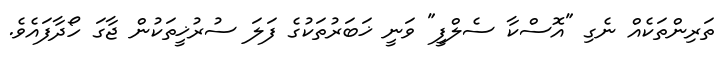
ތަރިންތަކެއް ނެގި "އޮސްކާ ސެލްފީ" ވަނީ ޚަބަރުތަކުގެ ފަލަ ސުރުޚީތަކުން ޖާގަ ހޯދާފައެވެ.